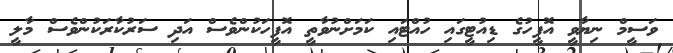
ވަސީމް ނިޔާވީ އޮފީހުގެ ޑިއުޓީގައި ހުއްޓައި ކަމަށްނުވާތީ އޮފީހަކުންވެސް އަދި ސަރުކާރަކުންވެސް މާލީ